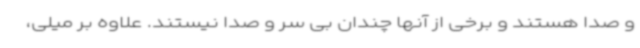
و صدا هستند و برخی از آنها چندان بی سر و صدا نیستند. علاوه بر میلی،